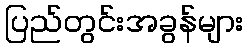
ပြည်တွင်းအခွန်များ